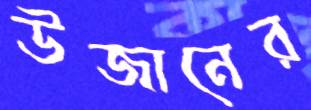
উজানের